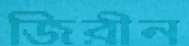
জিরীন